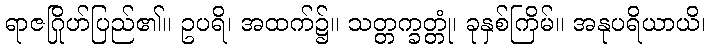
ရာဇဂြိုဟ်ပြည်၏။ ဥပရိ၊ အထက်၌။ သတ္တက္ခတ္တုံ၊ ခုနှစ်ကြိမ်။ အနုပရိယာယိ၊